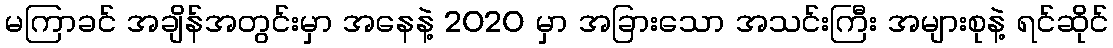
မကြာခင် အချိန်အတွင်းမှာ အနေနဲ့ 2020 မှာ အခြားသော အသင်းကြီး အများစုနဲ့ ရင်ဆိုင်